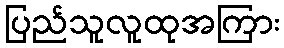
ပြည်သူလူထုအကြား